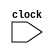
module RV32IM_Controlpath(clock);
  input clock;
  //Instantiate ALU_Control here
endmodule